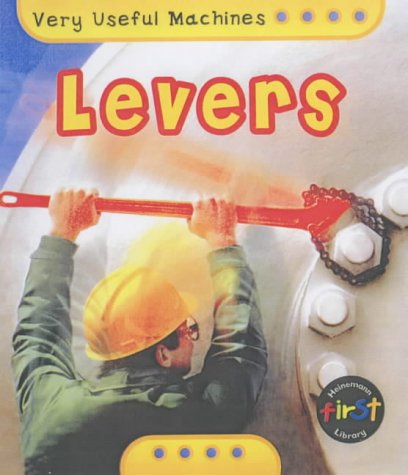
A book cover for Levers: Big Book : Big Book (Very Useful Machines): Big Book (Very Useful Machines); Chris Oxlade; Children's Books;